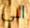
الى